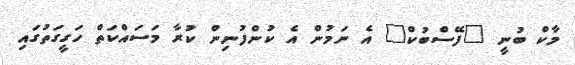
މާކް ބުނީ "ފޭސްބުކް" އެ ނަމުން އެ ކުންފުނިން ކުރާ މަސައްކަތް ހަގީގަތުގައި